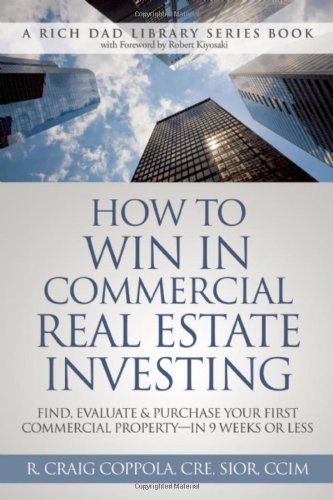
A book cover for How To Win In Commercial Real Estate Investing: Find, Evaluate & Purchase Your First Commercial Property - in 9 Weeks Or Less (Rich Dad Library); R. Craig Coppola; Business & Money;